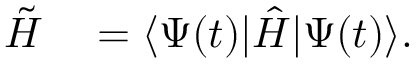
\begin{array} { r l } { \tilde { H } } & { { } = \langle \Psi ( t ) | \hat { H } | \Psi ( t ) \rangle . } \end{array}